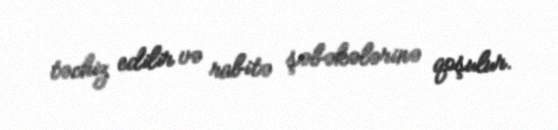
təchiz edilir və rabitə şəbəkələrinə qoşulur.